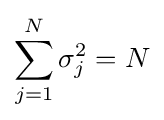
\sum _{j=1}^{N}\sigma _{j}^{2}=N